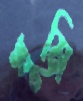
খুমি